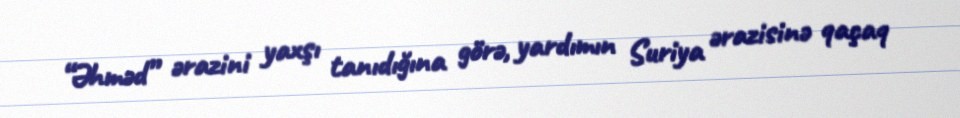
“Əhməd” ərazini yaxşı tanıdığına görə, yardımın Suriya ərazisinə qaçaq